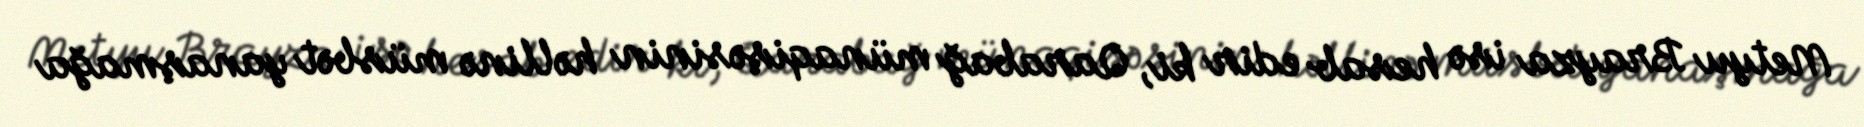
Metyu Brayza isə hesab edir ki, Qarabağ münaqişəsinin həllinə müsbət yanaşmağa